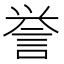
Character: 誉